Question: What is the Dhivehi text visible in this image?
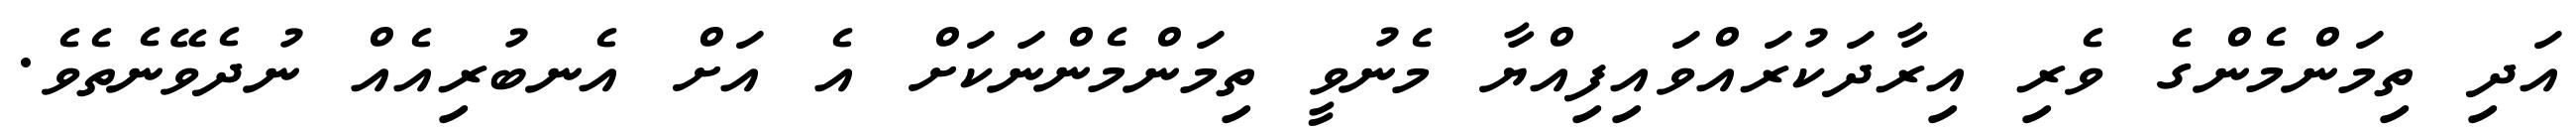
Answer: އަދި ތިމަންމެންގެ ވެރި އިރާދަކުރައްވައިފިއްޔާ މެނުވީ ތިމަންމެންނަކަށް އެ އަށް އެނބުރިއެއް ނުދެވޭނެތެވެ.